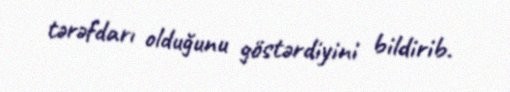
tərəfdarı olduğunu göstərdiyini bildirib.